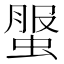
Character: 𧌘